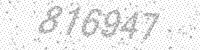
Solution: 816947